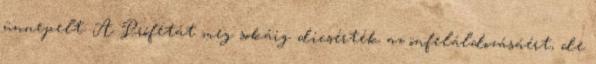
ünnepelt. A Prófétát meg sokáig dicsérték az önfeláldozásáért, de